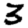
Digit: 3